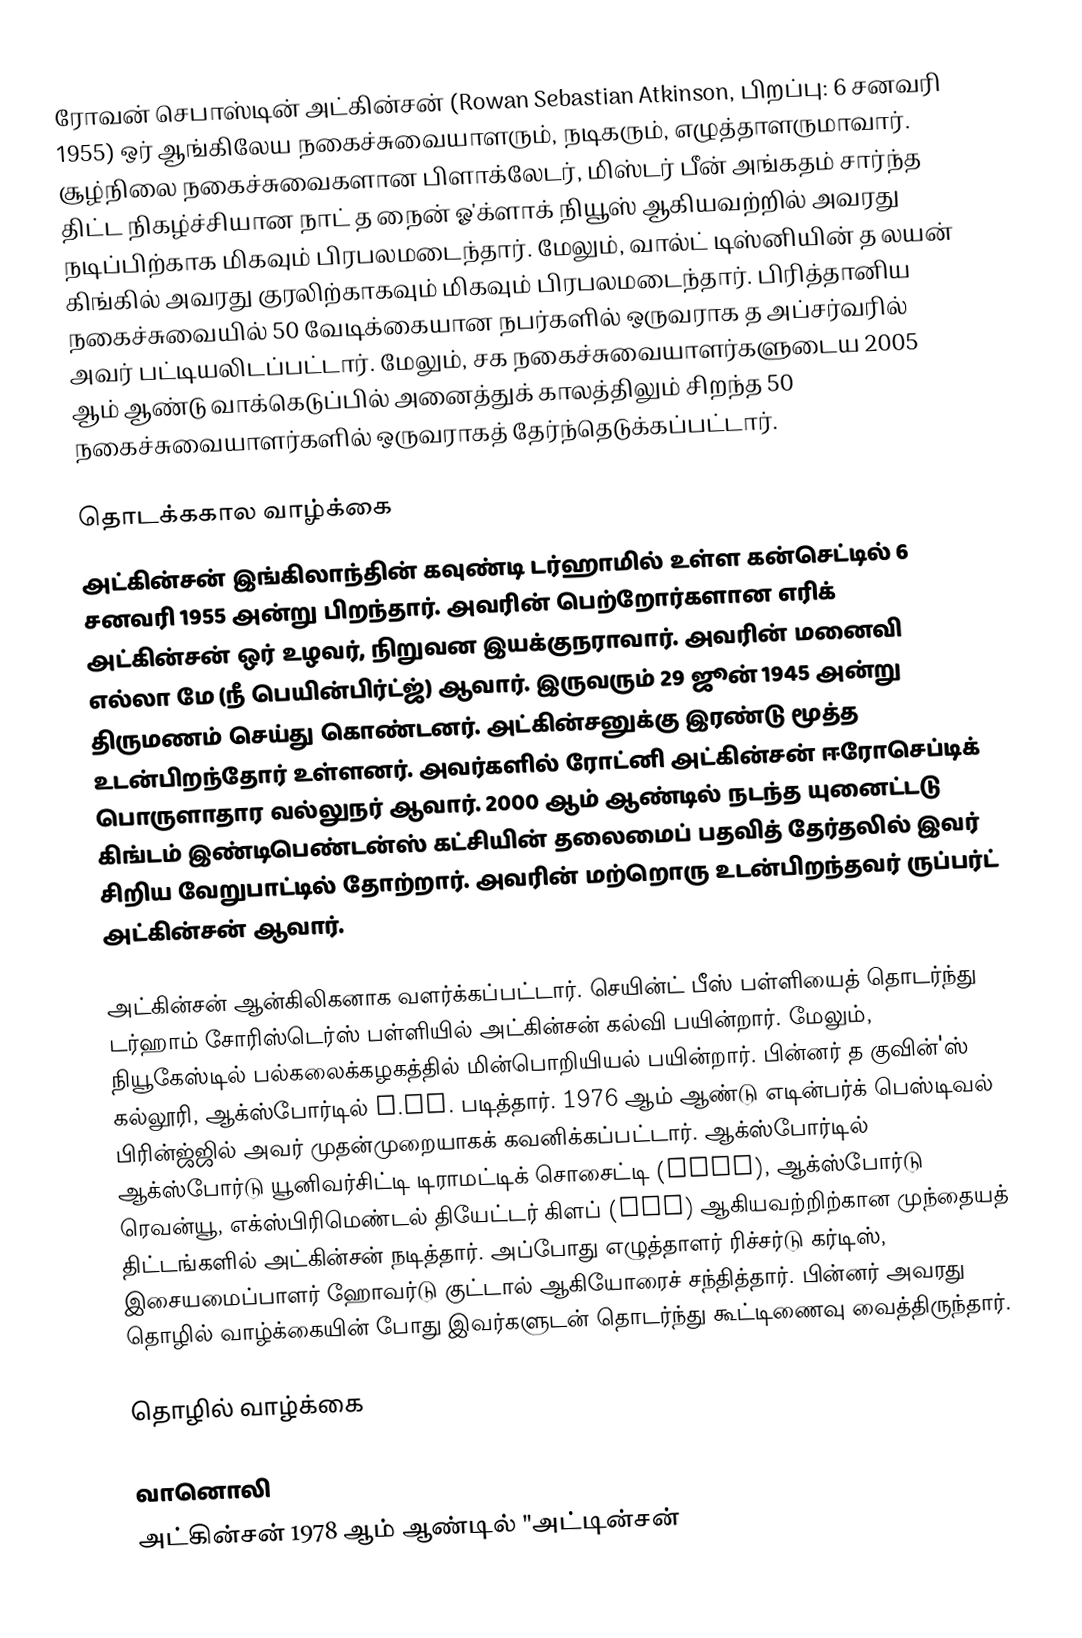
ரோவன் செபாஸ்டின் அட்கின்சன் (Rowan Sebastian Atkinson, பிறப்பு: 6 சனவரி 1955) ஒர் ஆங்கிலேய நகைச்சுவையாளரும், நடிகரும், எழுத்தாளருமாவார். சூழ்நிலை நகைச்சுவைகளான பிளாக்லேடர், மிஸ்டர் பீன் அங்கதம் சார்ந்த திட்ட நிகழ்ச்சியான நாட் த நைன் ஓ'க்ளாக் நியூஸ் ஆகியவற்றில் அவரது நடிப்பிற்காக மிகவும் பிரபலமடைந்தார். மேலும், வால்ட் டிஸ்னியின் த லயன் கிங்கில் அவரது குரலிற்காகவும் மிகவும் பிரபலமடைந்தார். பிரித்தானிய நகைச்சுவையில் 50 வேடிக்கையான நபர்களில் ஒருவராக த அப்சர்வரில் அவர் பட்டியலிடப்பட்டார். மேலும், சக நகைச்சுவையாளர்களுடைய 2005 ஆம் ஆண்டு வாக்கெடுப்பில் அனைத்துக் காலத்திலும் சிறந்த 50 நகைச்சுவையாளர்களில் ஒருவராகத் தேர்ந்தெடுக்கப்பட்டார்.

தொடக்ககால வாழ்க்கை
அட்கின்சன் இங்கிலாந்தின் கவுண்டி டர்ஹாமில் உள்ள கன்செட்டில் 6 சனவரி 1955 அன்று பிறந்தார். அவரின் பெற்றோர்களான எரிக் அட்கின்சன் ஒர் உழவர், நிறுவன இயக்குநராவார். அவரின் மனைவி எல்லா மே (நீ பெயின்பிர்ட்ஜ்) ஆவார். இருவரும் 29 ஜூன் 1945 அன்று திருமணம் செய்து கொண்டனர். அட்கின்சனுக்கு இரண்டு மூத்த உடன்பிறந்தோர் உள்ளனர். அவர்களில் ரோட்னி அட்கின்சன் ஈரோசெப்டிக் பொருளாதார வல்லுநர் ஆவார். 2000 ஆம் ஆண்டில் நடந்த யுனைட்டடு கிங்டம் இண்டிபெண்டன்ஸ் கட்சியின் தலைமைப் பதவித் தேர்தலில் இவர் சிறிய வேறுபாட்டில் தோற்றார். அவரின் மற்றொரு உடன்பிறந்தவர் ருப்பர்ட் அட்கின்சன் ஆவார்.

அட்கின்சன் ஆன்கிலிகனாக வளர்க்கப்பட்டார். செயின்ட் பீஸ் பள்ளியைத் தொடர்ந்து டர்ஹாம் சோரிஸ்டெர்ஸ் பள்ளியில் அட்கின்சன் கல்வி பயின்றார். மேலும், நியூகேஸ்டில் பல்கலைக்கழகத்தில் மின்பொறியியல் பயின்றார். பின்னர் த குவின்'ஸ் கல்லூரி, ஆக்ஸ்போர்டில் M.Sc. படித்தார். 1976 ஆம் ஆண்டு எடின்பர்க் பெஸ்டிவல் பிரின்ஜ்ஜில் அவர் முதன்முறையாகக் கவனிக்கப்பட்டார். ஆக்ஸ்போர்டில் ஆக்ஸ்போர்டு யூனிவர்சிட்டி டிராமட்டிக் சொசைட்டி (OUDS), ஆக்ஸ்போர்டு ரெவன்யூ, எக்ஸ்பிரிமெண்டல் தியேட்டர் கிளப் (ETC) ஆகியவற்றிற்கான முந்தையத் திட்டங்களில் அட்கின்சன் நடித்தார். அப்போது எழுத்தாளர் ரிச்சர்டு கர்டிஸ், இசையமைப்பாளர் ஹோவர்டு குட்டால் ஆகியோரைச் சந்தித்தார். பின்னர் அவரது தொழில் வாழ்க்கையின் போது இவர்களுடன் தொடர்ந்து கூட்டிணைவு வைத்திருந்தார்.

தொழில் வாழ்க்கை

வானொலி
அட்கின்சன் 1978 ஆம் ஆண்டில் "அட்டின்சன்